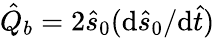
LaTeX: \hat{Q}_{b}=2\hat{s}_{0}(\mathrm{d}\hat{s}_{0}/\mathrm{d}\hat{t})